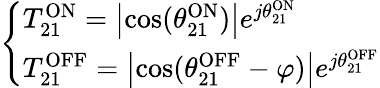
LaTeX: \left\{ \begin{array}{l}{T_{21}^{\mathrm{ON}}=\left|\cos(\theta_{21}^{\mathrm{ON}})\right|e^{j\theta_{21}^{\mathrm{ON}}}}\\ {T_{21}^{\mathrm{OFF}}=\left|\cos(\theta_{21}^{\mathrm{OFF}}-\varphi)\right|e^{j\theta_{21}^{\mathrm{OFF}}}}\end{array}\right.